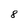
Character: 8